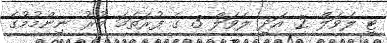
ޓީ ލެވަލް 2 އަދި ލެވަލް 3 ގެ ފުރަތަމަ ބުރު ނިންމުމުގެ